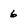
Character: 6